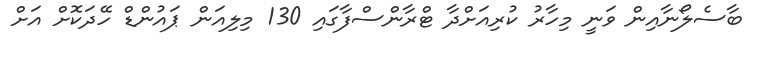
ބާސެލޯނާއިން ވަނީ މިހާރު ކުރިއަށްދާ ޓްރާންސްފާގައި 130 މިލިއަން ޕައުންޑް ހޭދަކޮށް އަށް